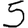
Digit: 5